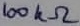
Text: 100KΩ